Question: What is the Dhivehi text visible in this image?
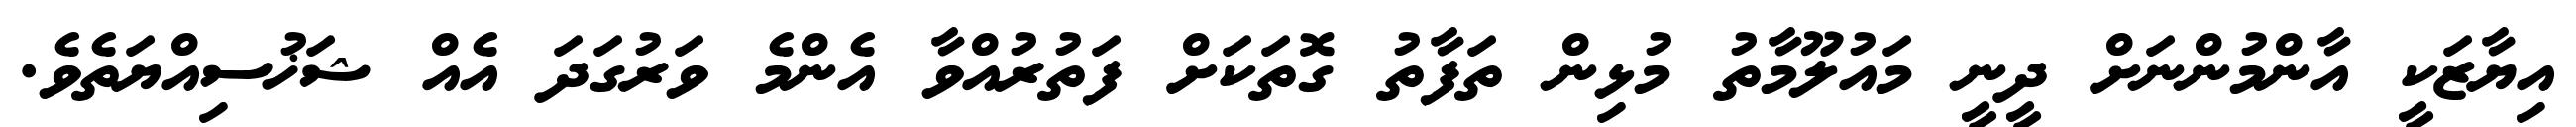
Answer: އިޔާޒަކީ އާންމުންނަށް ދީނީ މައުލޫމާތު މުޅިން ތަފާތު ގޮތަކަށް ފަތުރުއްވާ އެންމެ ވަރުގަދަ އެއް ޝަޚުސިއްޔަތެވެ.